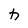
Character: h